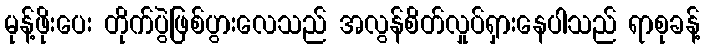
မုန့်ဖိုးပေး တိုက်ပွဲဖြစ်ပွားလေသည် အလွန်စိတ်လှုပ်ရှားနေပါသည် ရာစုခန့်